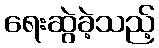
ရေးဆွဲခဲ့သည့်